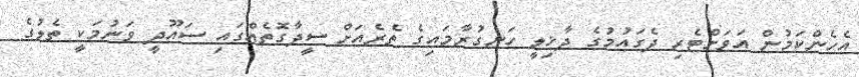
އެހެންކަމުން އަވަށްޓެރި ދެގައުމުގެ ދާޚިލީ ހަނގުރާމައިގެ ތެރެއަށް ސީދާގޮތެއްގައި ސައޫދީ ވަނުމަކީ ތެލުގެ